65_HS1-834228961_62-HQ-83894_Section_7
Agency: FBI
Page 55
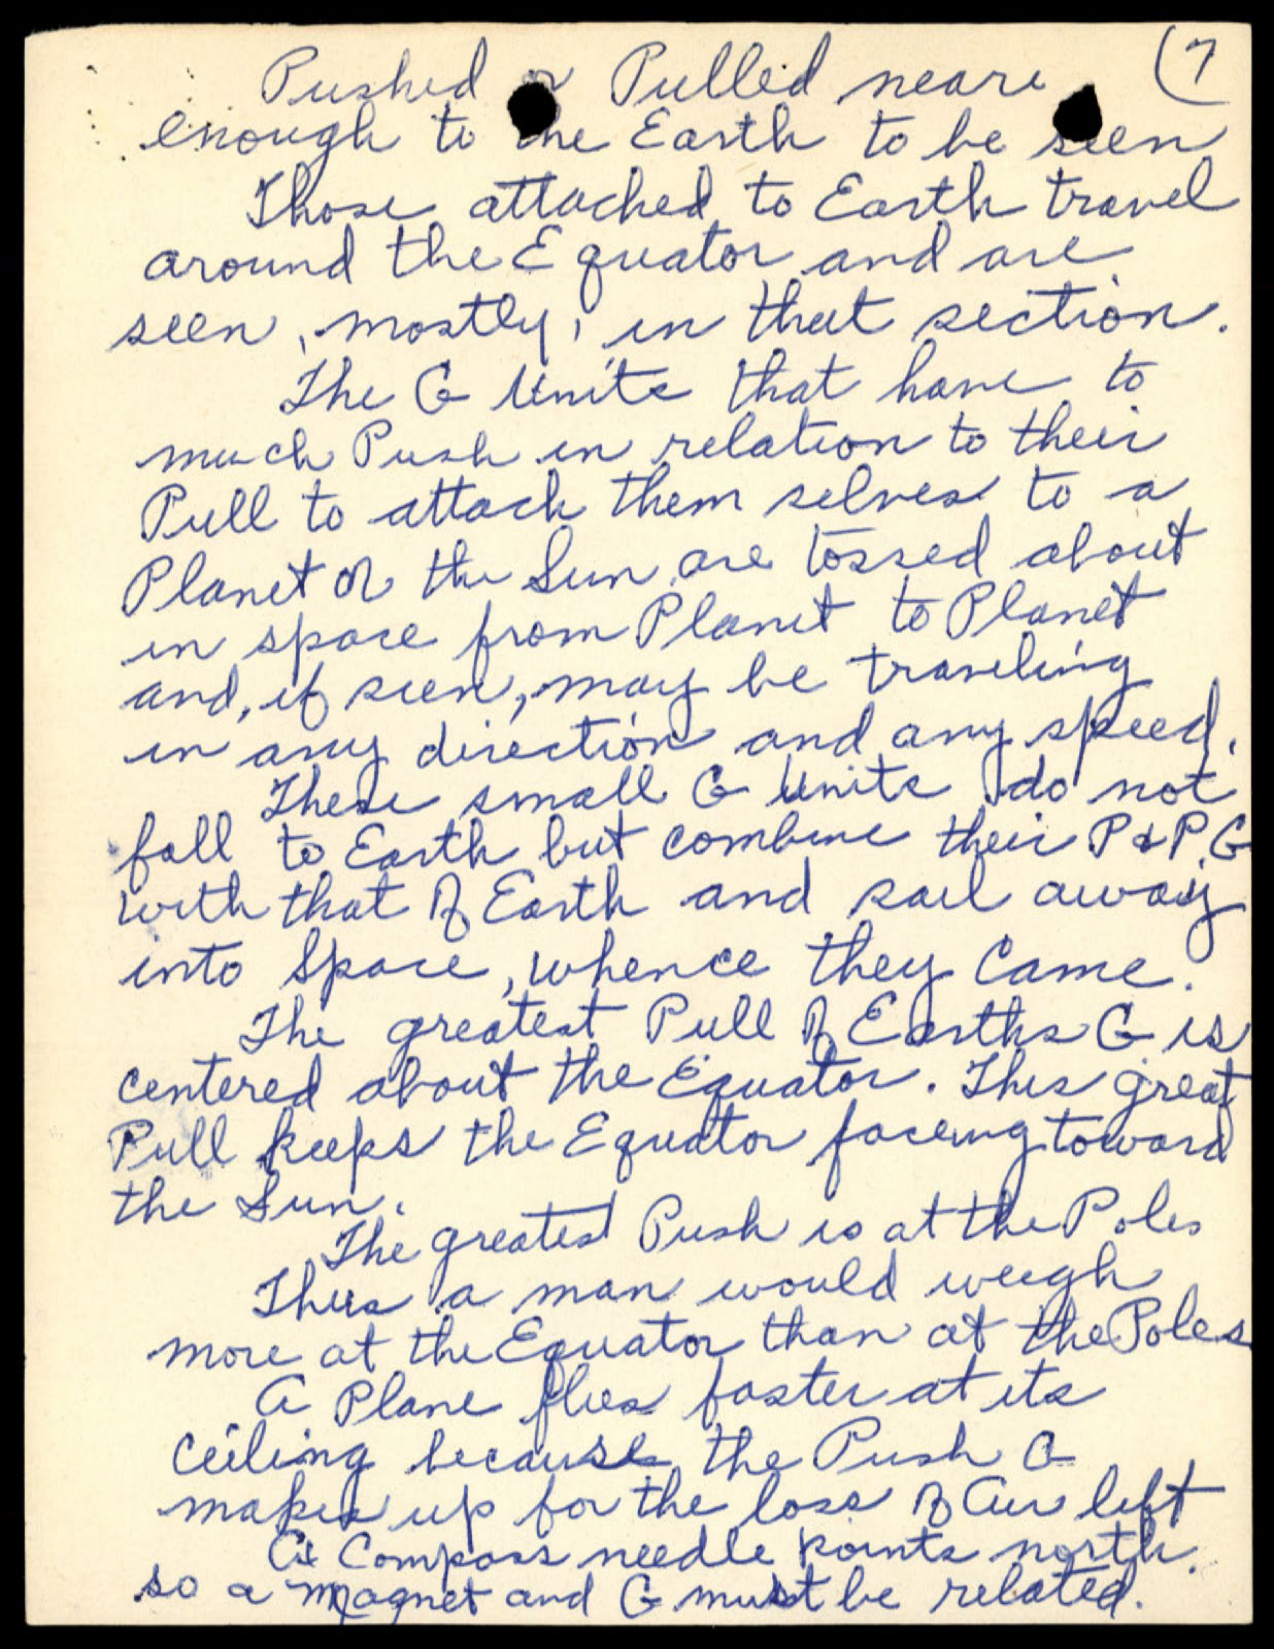